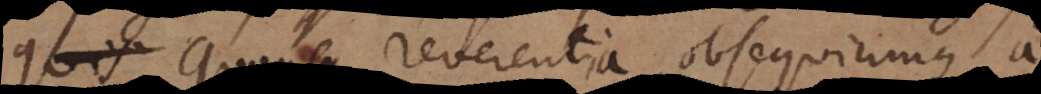
Quousque reverentia, obsequiumque a